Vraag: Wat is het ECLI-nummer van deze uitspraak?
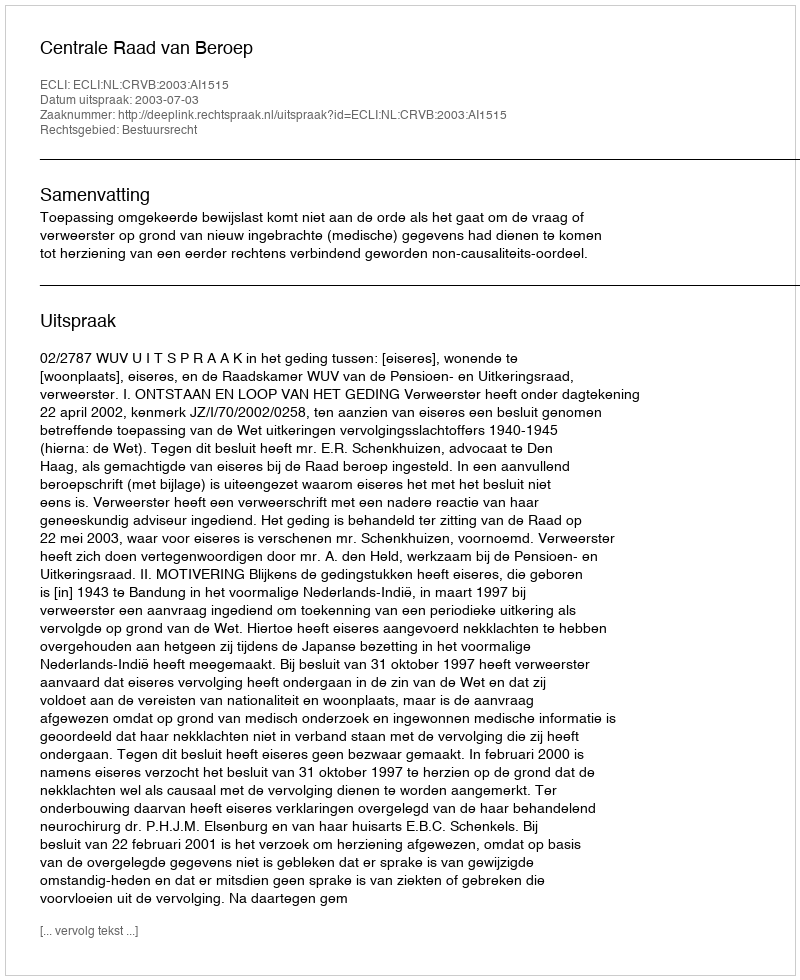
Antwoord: ECLI:NL:CRVB:2003:AI1515